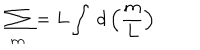
LaTeX: \sum _ { m } = L \int ~ d \left( \frac { m } { L } \right)